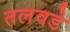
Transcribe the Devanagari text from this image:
तलवडे